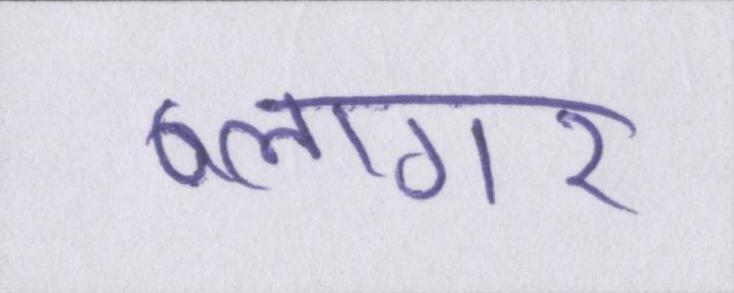
ब्लागर